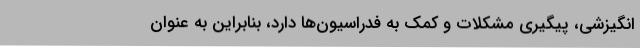
انگیزشی، پیگیری مشکلات و کمک به فدراسیون‌ها دارد، بنابراین به عنوان